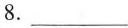
8.___